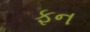
ફન